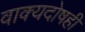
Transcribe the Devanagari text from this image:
वाक्यदोषही